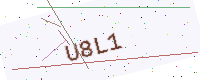
Text: U8L1